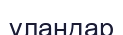
ұландар